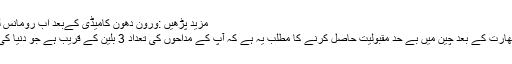
مزید پڑھیں :ورون دھون کامیڈی کےبعد اب رومانس لڑاتےنظرآئیں گے
انہوں نے کہا کہ بھارت کے بعد چین میں بے حد مقبولیت حاصل کرنے کا مطلب یہ ہے کہ آپ کے مداحوں کی تعداد 3 بلین کے قریب ہے جو دنیا کی آبادی کا آدھا ہے۔